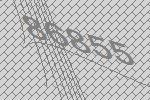
86855